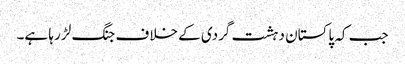
جب کہ پاکستان دہشت گردی کے خلاف جنگ لڑ رہا ہے۔